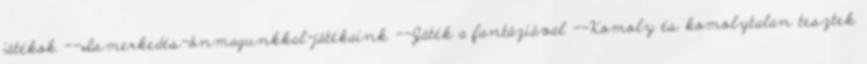
játékok --Ismerkedés-önmagunkkal-játékaink --Játék a fantáziával --Komoly és komolytalan tesztek